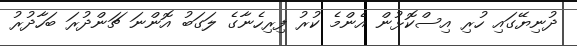
ދުނިޔޭގައި ހުރި އިސްކޮޅުން އެންމެ ކުރު ފިރިހެނާގެ ލަގަބު އޮންނަ ޗަންދުރަ ބަހާދުރު